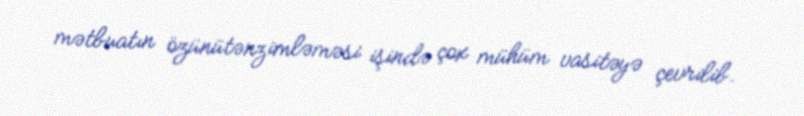
mətbuatın özünütənzimləməsi işində çox mühüm vasitəyə çevrilib.